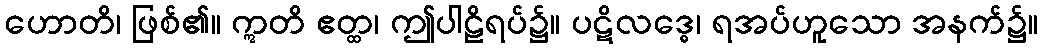
ဟောတိ၊ ဖြစ်၏။ ဣတိ ဧတ္ထ၊ ဤပါဠိရပ်၌။ ပဋိလဒ္ဓေ၊ ရအပ်ဟူသော အနက်၌။